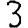
Digit: 3